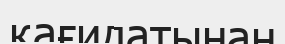
қағидатынан